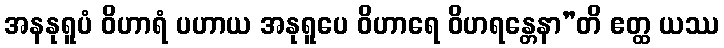
အနနုရူပံ ဝိဟာရံ ပဟာယ အနုရူပေ ဝိဟာရေ ဝိဟရန္တေနာ”တိ ဧတ္ထ ယဿ